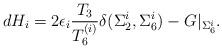
LaTeX: \begin{align*}dH_i=2\epsilon_i{T_3\over T_6^{(i)}}\delta (\Sigma_2^i,\Sigma_6^i)-G\vert_{\Sigma_6^i}.\end{align*}